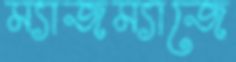
ম্যাজম্যাজে